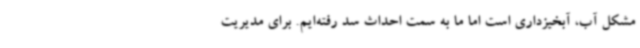
مشکل آب، آبخیزداری است اما ما به سمت احداث سد رفته‌ایم. برای مدیریت